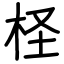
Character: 柽